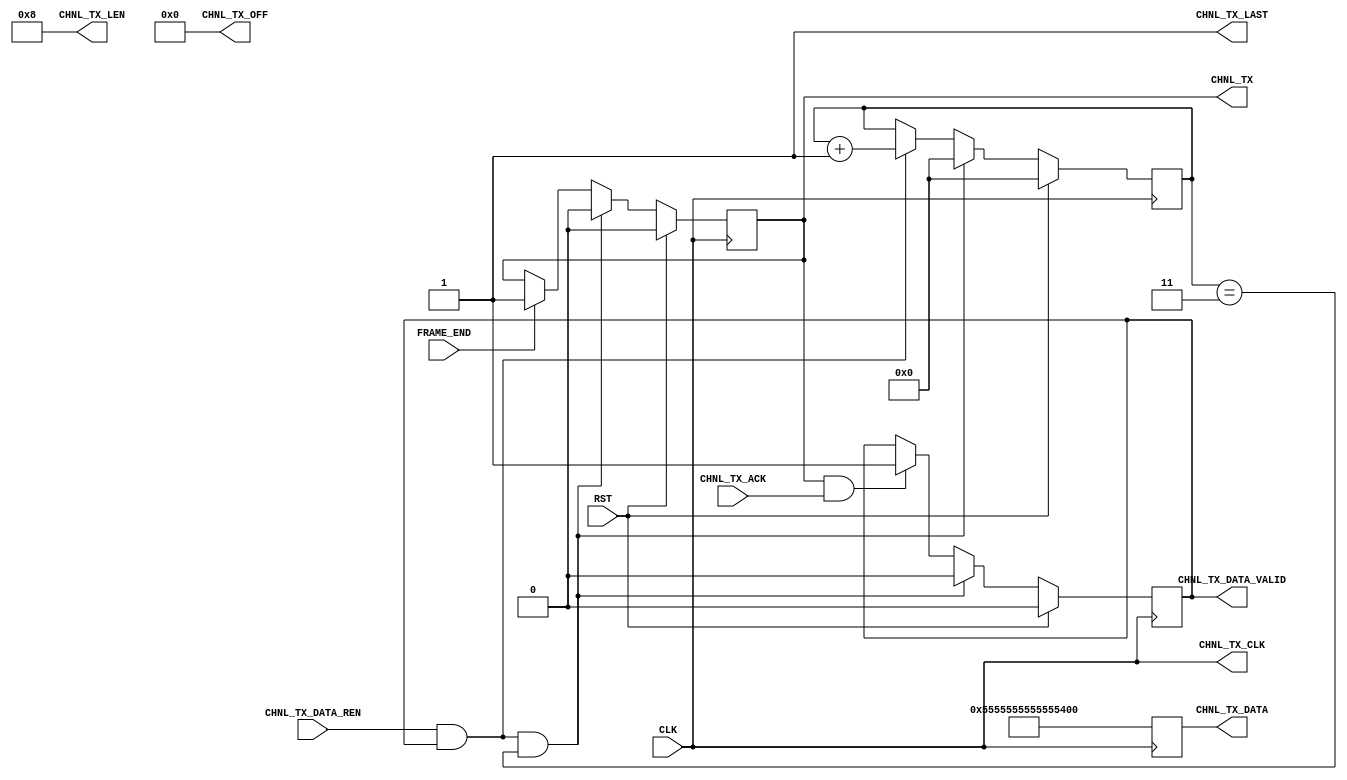
// -----------------------------------------------------------------------------
// Copyright (c) 2014-2020 All rights reserved
// -----------------------------------------------------------------------------
// wechat :	15921999232
// Create : 2020-02-11 12:30:06
// Revise : 2020-02-15 16:13:10
// Editor : sublime text3, tab size (4)
// -----------------------------------------------------------------------------
module ack_ctrl(
	input CLK,
	input RST,
	output CHNL_TX_CLK, 
	output CHNL_TX, 
	input CHNL_TX_ACK, 
	output CHNL_TX_LAST, 
	output [31:0] CHNL_TX_LEN, 
	output [30:0] CHNL_TX_OFF, 
	output [64-1:0] CHNL_TX_DATA, 
	output CHNL_TX_DATA_VALID, 
	input CHNL_TX_DATA_REN,
	input	FRAME_END
	);

reg [7:0] tx_cnt;
reg 		chnl_tx_reg;
reg 		chnl_tx_data_valid_reg;
reg [63:0]	chnl_tx_data_reg;

assign CHNL_TX_CLK = CLK;
assign CHNL_TX = chnl_tx_reg;
assign CHNL_TX_DATA_VALID = chnl_tx_data_valid_reg;
assign CHNL_TX_LAST = 1'b1;
assign CHNL_TX_LEN = 8;
assign CHNL_TX_OFF = 0;
assign CHNL_TX_DATA = chnl_tx_data_reg;

always @(posedge CLK) begin
  if (RST == 1'b1) begin
    chnl_tx_reg <= 1'b0;
  end
  else if(CHNL_TX_DATA_REN == 1'b1 && chnl_tx_data_valid_reg == 1'b1 && tx_cnt == 'd3) begin
  	chnl_tx_reg <= 1'b0;
  end
  else if (FRAME_END == 1'b1) begin
    chnl_tx_reg <= 1'b1;
  end
end

always @(posedge CLK) begin
  if (RST == 1'b1) begin
    chnl_tx_data_valid_reg <= 1'b0;
  end
  else if(CHNL_TX_DATA_REN == 1'b1 && chnl_tx_data_valid_reg == 1'b1 && tx_cnt == 'd3)begin
  	chnl_tx_data_valid_reg <= 1'b0;
  end
  else if (chnl_tx_reg == 1'b1 && CHNL_TX_ACK == 1'b1) begin
    chnl_tx_data_valid_reg <= 1'b1;
  end
end

always @(posedge CLK) begin
  if (RST == 1'b1) begin
    tx_cnt <= 'd0;
  end
  else if (CHNL_TX_DATA_REN == 1'b1 && chnl_tx_data_valid_reg == 1'b1 && tx_cnt == 'd3) begin
    tx_cnt <= 'd0;
  end
  else if(CHNL_TX_DATA_REN == 1'b1 && chnl_tx_data_valid_reg == 1'b1) begin
  	tx_cnt <= tx_cnt + 1'b1;
  end
end


always @(posedge CLK) begin
	chnl_tx_data_reg <= 64'h55555555_55555555;
end





endmodule